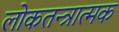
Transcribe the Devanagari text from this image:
लोकतन्त्रात्मक